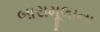
બારામૂલાના